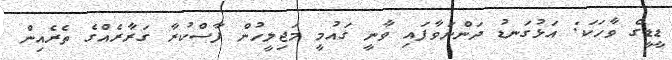
ޑީޑީގެ ވާހަކަ: އަޅުގަނޑު ދަންނަވާފައި ވާނީ ގައުމީ މަޖިލީހުން ފާސްކުރާ ގަރާރެއްގެ ތެރެއިން